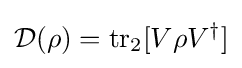
{\mathcal {D}}(\rho )=\operatorname {tr} _{2}[V\rho V^{\dagger }]